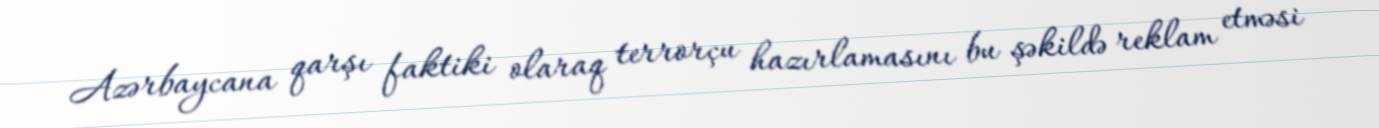
Azərbaycana qarşı faktiki olaraq terrorçu hazırlamasını bu şəkildə reklam etməsi